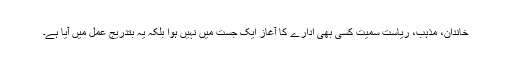
خاندان، مذہب، ریاست سمیت کسی بھی ادارے کا آغاز ایک جست میں نہیں ہوا بلکہ یہ بتدریج عمل میں آیا ہے۔